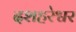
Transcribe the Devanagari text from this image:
दशहरेश्वर